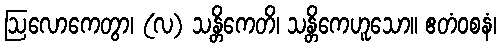
ဩလောကေတွာ၊ (လ) သန္တိကေတိ၊ သန္တိကေဟူသော။ ဧတံဝစနံ၊